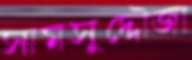
সামসুদ্দৌজা